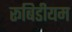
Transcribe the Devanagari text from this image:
रूबिडीयम